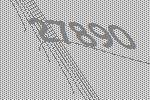
27890